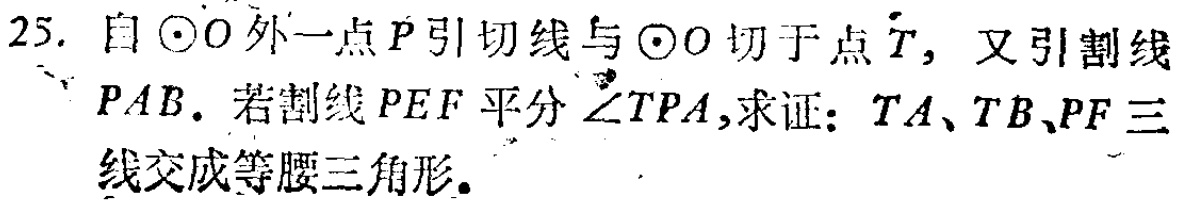
25. 自\(\odot O\)外一点\(P\)引切线与\(\odot O\)切于点\(T\)，又引割线\(PAB\)。若割线\(PEF\)平分\(\angle TPA\)，求证：\(TA\)、\(TB\)、\(PF\)三线交成等腰三角形。